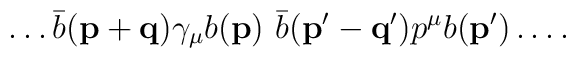
\dots {\bar{b}({\mathbf{p+q}}) \gamma_\mu} {b({\mathbf{p}})\,\,} {\bar{b} ({\mathbf{p'-q'}}) p^\mu} b(\mathbf{p'})\dots .